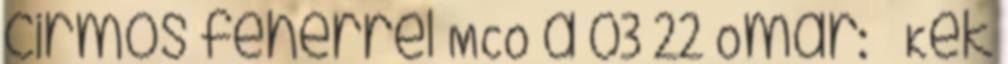
cirmos fehérrel MCO a 03 22 Omar: ♂ Kék